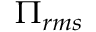
\Pi _ { r m s }